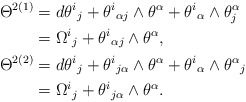
\begin{align*}\Theta^{2(1)}&=d\theta^i{}_j+\theta^i{}_{\alpha j}\wedge\theta^\alpha+\theta^i{}_\alpha\wedge\theta^\alpha_j\\*&=\Omega^i{}_j+\theta^i{}_{\alpha j}\wedge\theta^\alpha,\\*\Theta^{2(2)}&=d\theta^i{}_j+\theta^i{}_{j\alpha}\wedge\theta^\alpha+\theta^i{}_\alpha\wedge\theta^\alpha{}_j\\*&=\Omega^i{}_j+\theta^i{}_{j\alpha}\wedge\theta^\alpha.\end{align*}